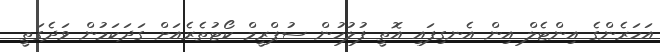
އަހަރެންގެ އިންޓެލް އިން އެނގިފައި އޮތީ ފުލުހުން ސުޕްރީމް ކޯޓުތެރެއަށް ގަދަކަމުން ވަދެގަތީ